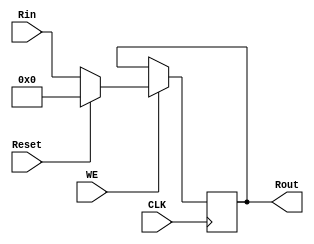
`timescale 1ns / 1ps

module Register_Reset(
	 output reg [31:0] Rout,
	 input CLK, WE, Reset,
	 input [31:0] Rin
    );
	 
	 always @(posedge CLK)
	 begin
	 if (WE) begin
		if (Reset) begin
		    Rout <= 32'b00000000000000000000000000000000;
		end
		else begin
		    Rout <= Rin;
	   end
	 end
	 $monitor("PCout %d", Rout);
	 end


endmodule